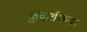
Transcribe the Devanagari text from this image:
कुकडीच्या